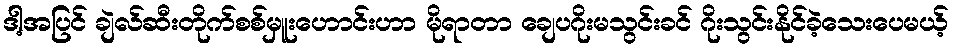
ဒါ့အပြင် ချဲလ်ဆီးတိုက်စစ်မှူးဟောင်းဟာ မိုရာတာ ချေပဂိုးမသွင်းခင် ဂိုးသွင်းနိုင်ခဲ့သေးပေမယ့်